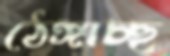
ঠেঙ্গাচ্ছ